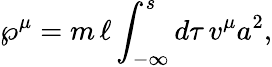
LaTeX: {\wp}^{\mu}=m\, \ell\int_{-\infty}^{s}d\tau\, v^{\mu}a^{2},